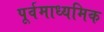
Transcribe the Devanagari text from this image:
पूर्वमाध्यमिक